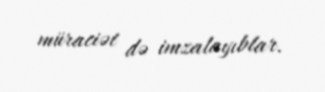
müraciət də imzalayıblar.